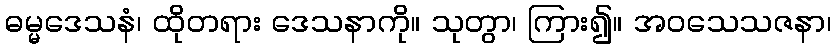
ဓမ္မဒေသနံ၊ ထိုတရား ဒေသနာကို။ သုတွာ၊ ကြား၍။ အဝသေသဇနာ၊